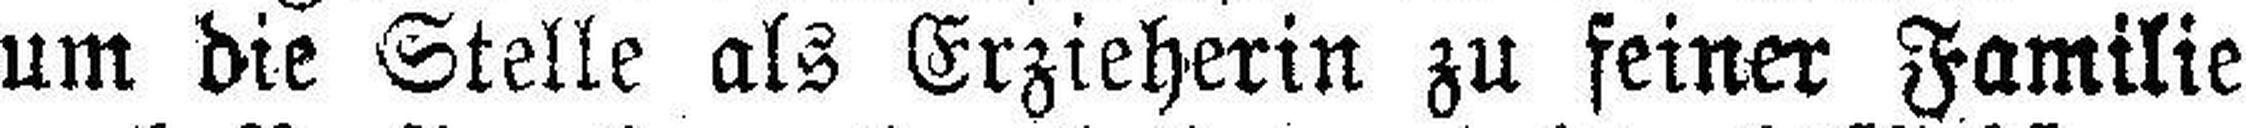
um die Stelle als Erzieherin zu feiner Familie